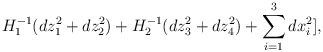
\begin{align*}H_{1}^{-1}(dz_{1}^{2}+dz_{2}^{2})+H_{2}^{-1}(dz_{3}^{2}+dz_{4}^{2})+\sum _{i=1}^{3}dx_{i}^{2}],\end{align*}